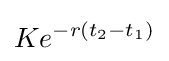
Ke^{-r(t_{2}-t_{1})}